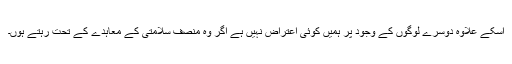
اسکے علاوه دوسرے لوگوں کے وجود پر ہمیں کوئى اعتراض نہیں ہے اگر وه منصف سلامتى کے معاہدے کے تحت رہتے ہوں۔